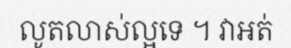
លូតលាស់ល្អទេ ។ វាអត់